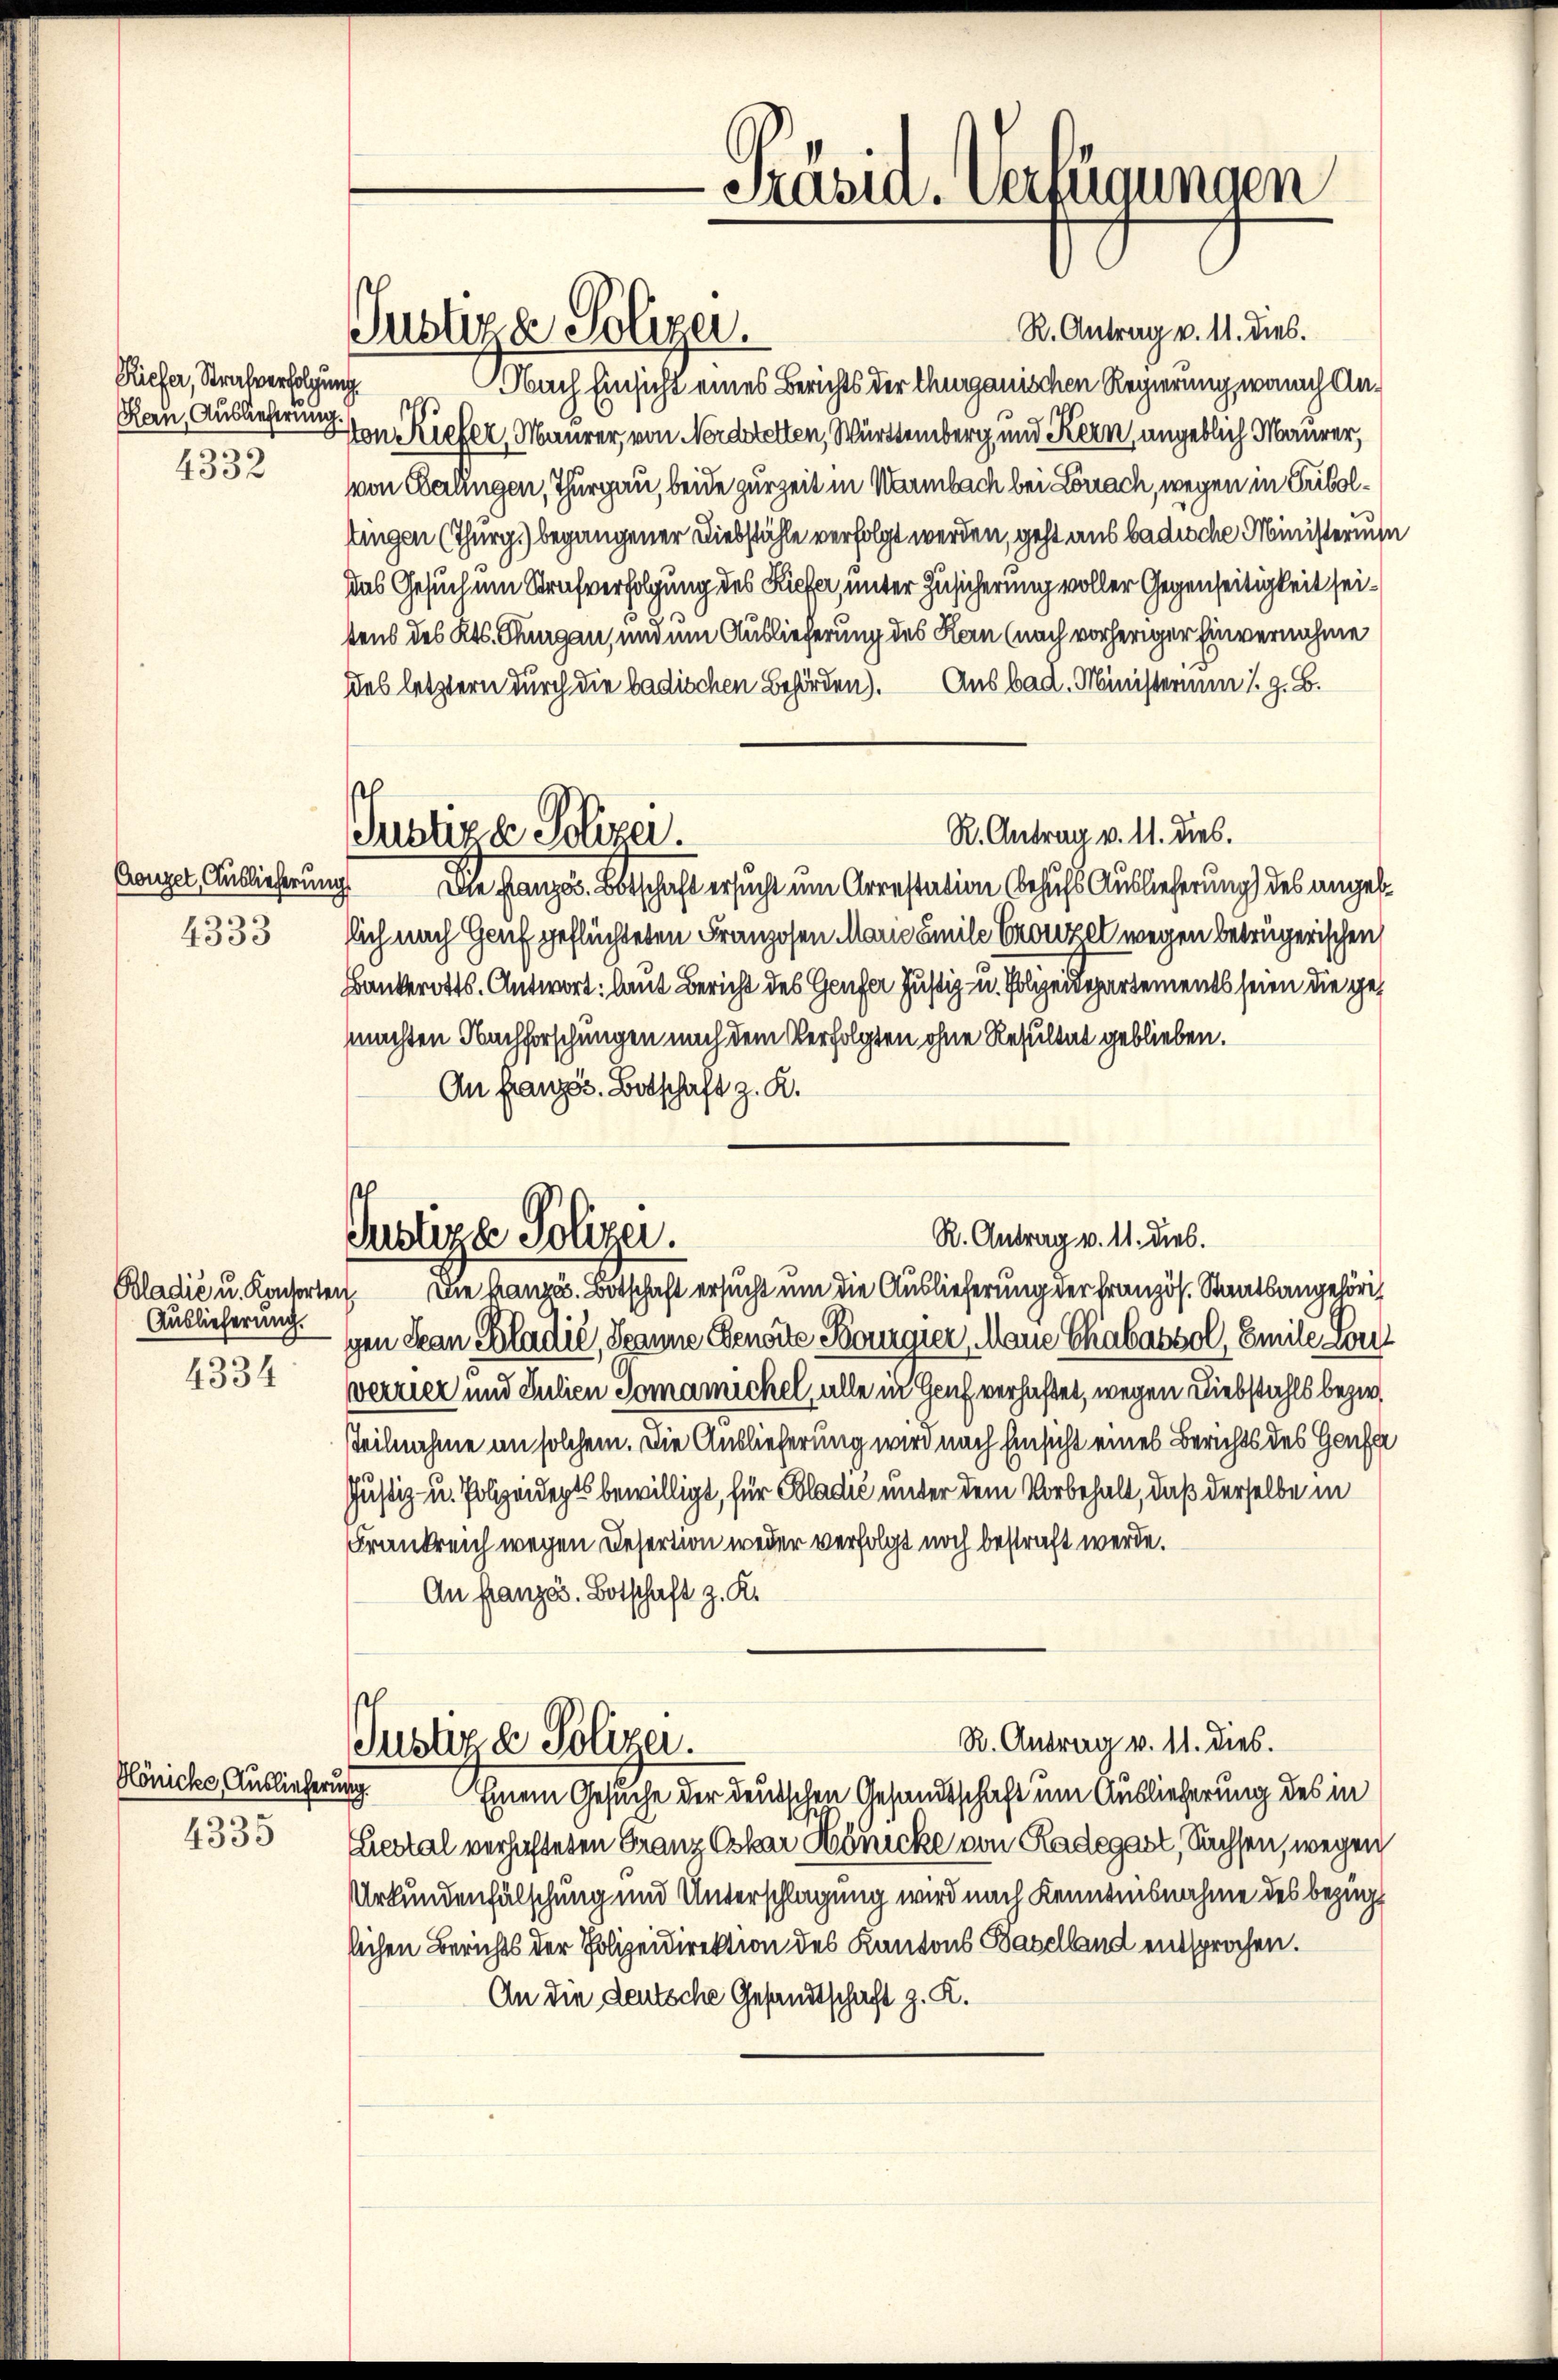
Riefer, Strafverfolgung.
Rau, Auslieferung.
4332

Conzel, Auslieferung

Auslieferung.
4334

Hönicke Auslieferung
4335

R. Antrag v. 11. dies.
Nach Einsicht eines Berichts der Thurgauischen Regierung, wonach An¬
1
Pontiefer, Maurer, von Nordstelten, Württemberg und Kern, angeblich Maurer,
von Berlingen, Thurgau, beide zurzeit in Warmbach bei Lörrach, wegen in Triboltingen (Thurg.) begangener Diebstähle verfolgt werden, geht aus badische Ministerius
das Gesuch um Strafverfolgung des Kiefer, unter Zusicherung voller Gegenseitigkeit seitens des Kts. Thurgau, und um Auslieferung des Kann (nach vorheriger Einvernahme
dies letztern durch die badischen Behörden). Aus bad. Ministerium 1. z. B.
R. Antrag v. 11. dies.
Justige Polizei.
Die französ. Botschaft ersucht um Arrestation behufs Auslieferung des angeb¬
4333 sich nach Genf geflüchteten Franzosen Marie Emile Crorzel wegen betrügerischen,
Bankerotts-Antwort: laut Bericht des Genfer Justiz- u. Folgende rements seien die gemachten Nachforschungen nach dem Verfolgten ohne Resultat geblieben.
An Französ. Botschaft z. R.

gen Skan Kladić, Spanne Genorte Bourgier, Marie Chabassol, Emile Sc
verzier und Julien Tomanickel, alle in Genf verhaftet, wegen Diebstahls bezir
tteilnahme an solchem. Die Auslieferung wird nach Einsicht eines Berichts des Genfe
Justiz- u. Polizeidepts bewilligt, für Poladić unter dem Vorbehalt, daß derselbe in
Frankreich wegen Desertion weder verfolgt noch bestraft werde.
An französ. Botschaft z. R.

Justiza Polizei.

-Präsid. Verfügungen

R. Antrag v. 11. dies.
Justige Polizei.
Bladić u. Kantorten. Die Kanze Botschaft ersucht um die Auslieferung der französ. Staatsangehörig

R. Antrag v. 11. dies.
Justiz & Polizei.

Einem Gesuche der deutschen Gesandtschaft um Auslieferung des in
Liestal verhafteten Franz Oskar Könicke von Kadegart, Sachsen, wegen
Urkundenfälschung und Unterschlagung wird nach Kenntnisnahme des Bezug
lichen Berichts der Polizeidirektion des Kantons Baselland entsprochen.
An die deutsche Gesandtschaft z. K.